Torma_(Votikvere)_vallavalitsus, lk 55
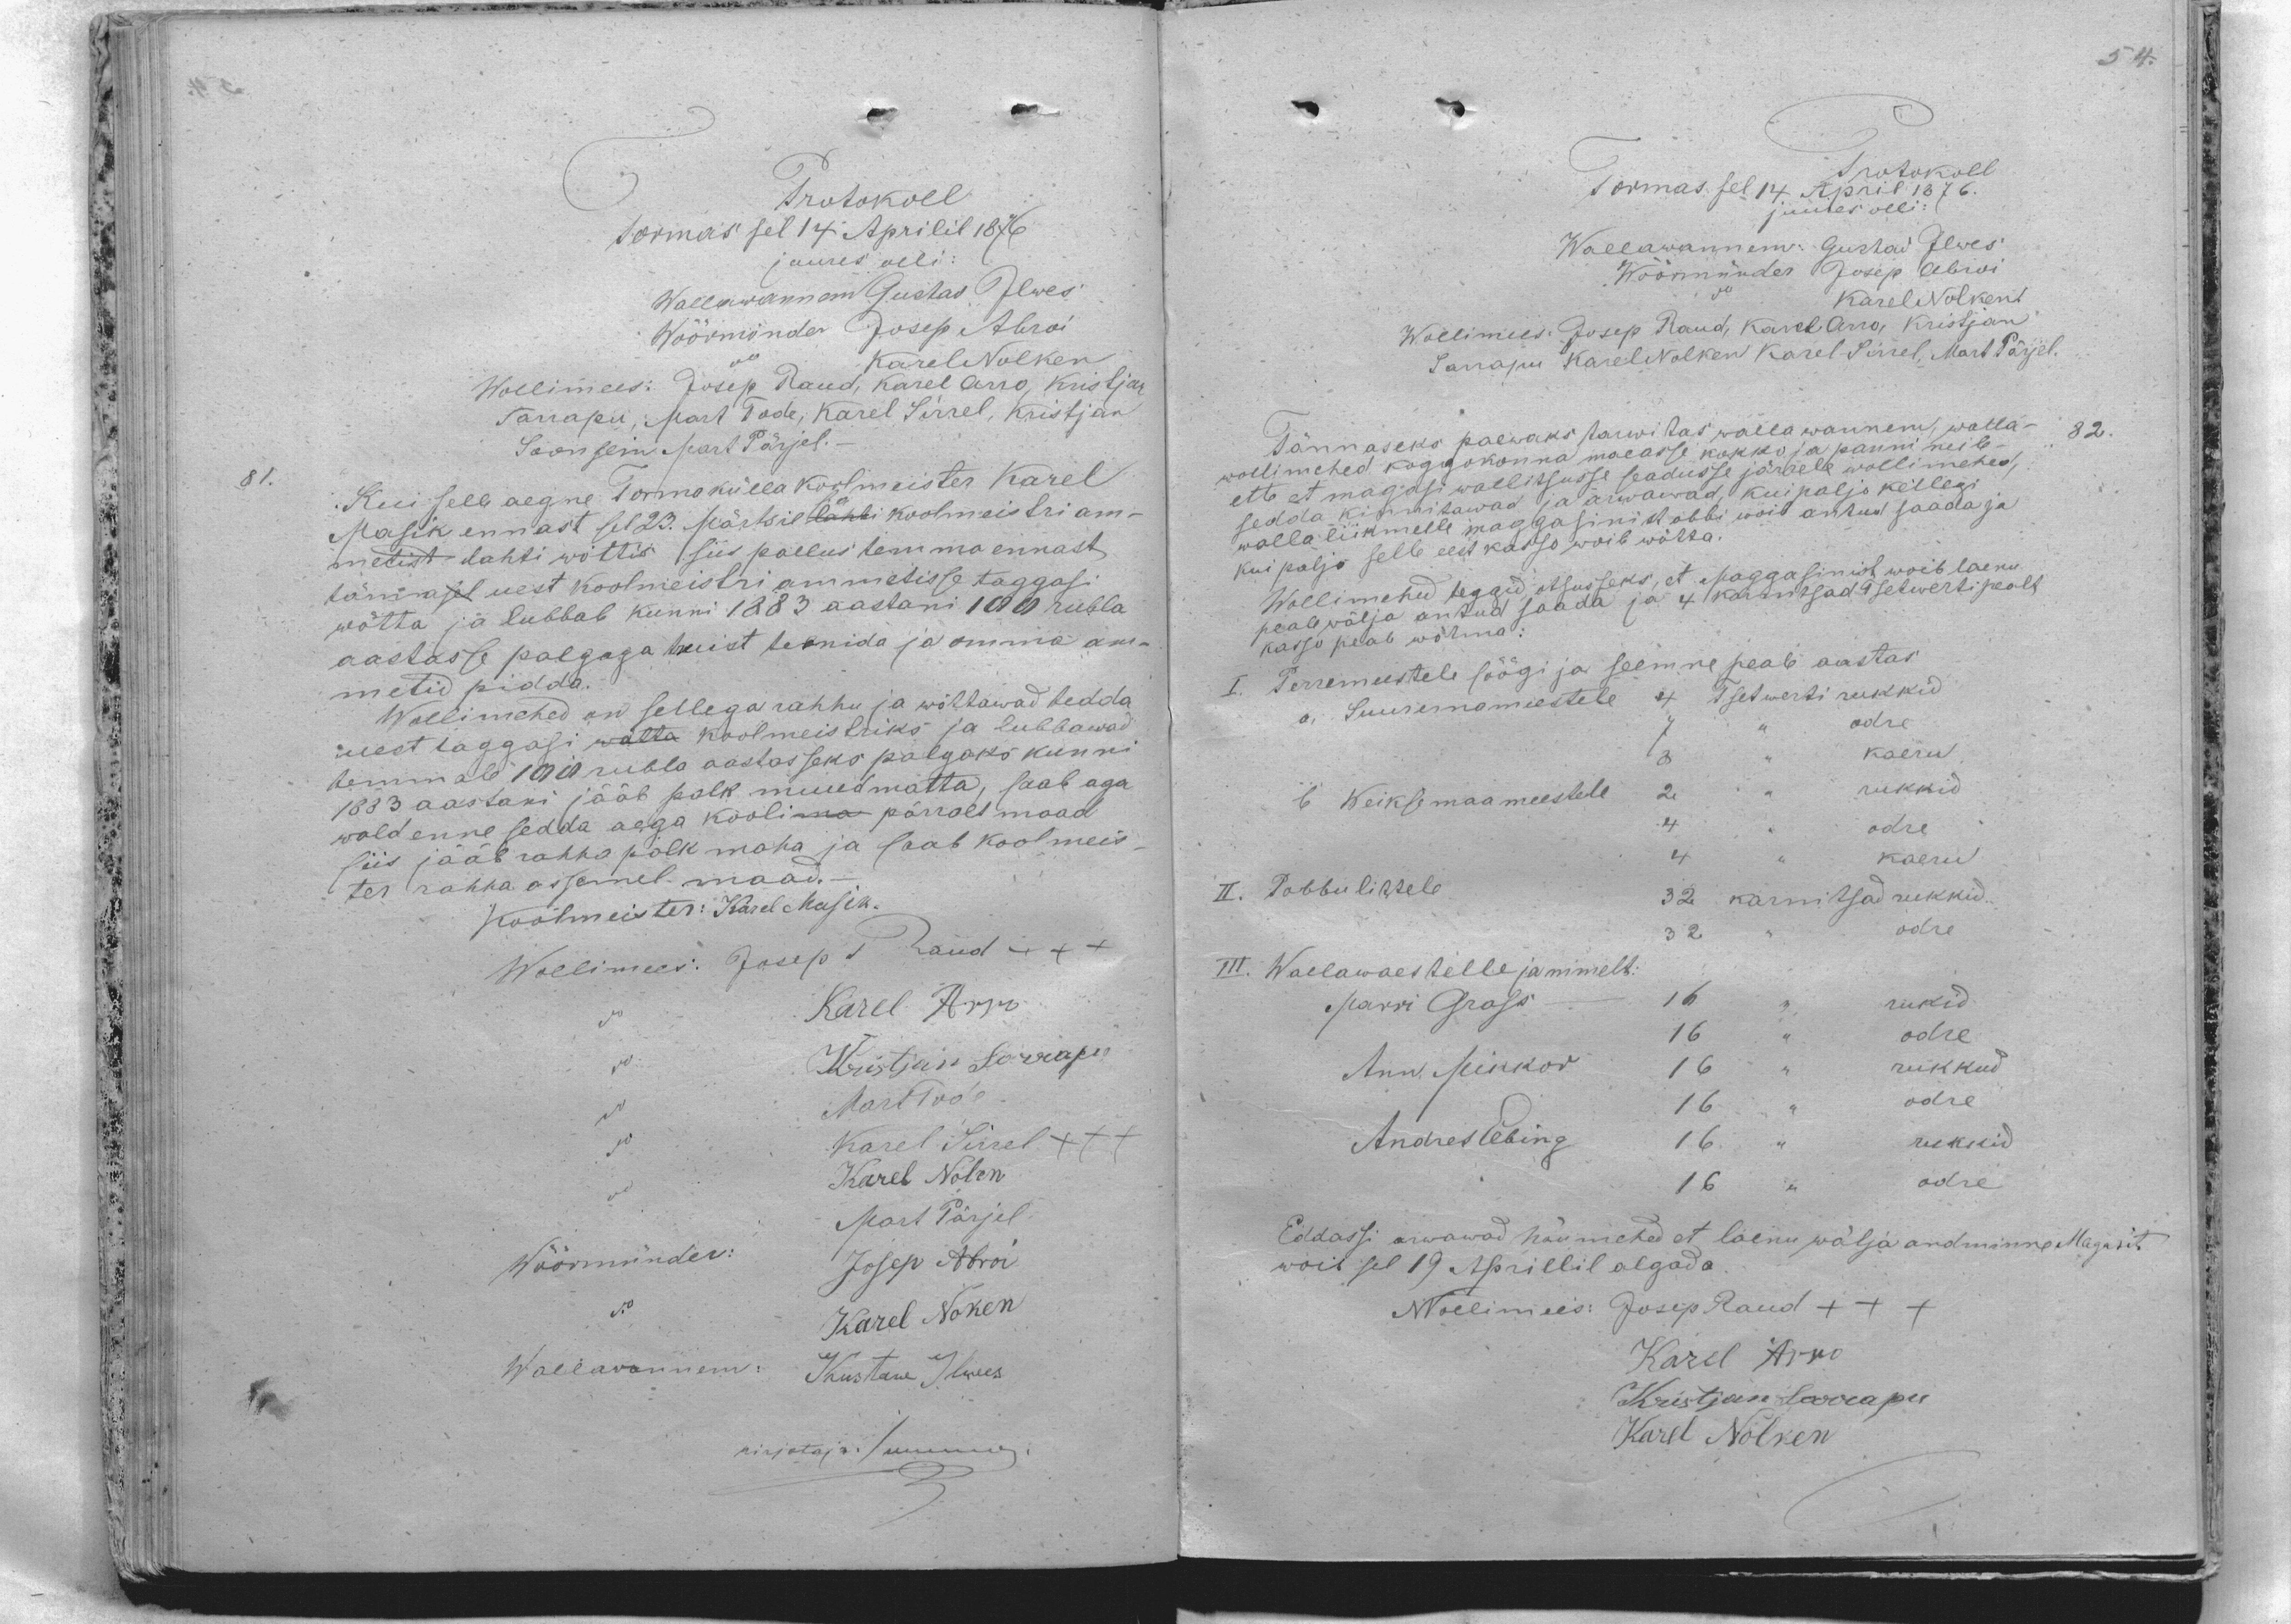
Protokoll
Tormas sel 14 Aprilil 1876
juures olli:
Wallawannem Gustaw Ilwes
Wöörmönder Josep Abroi
Karel Nolken
Wollimees: Josep Raud, Karel Arro, Kristjan
Sarrapu, Mart Tode, Karel Sirrel, Kristjan
Soonsein Mart Pärjel
81.
Kui selle aegne Tormakülla koolmeister Karel
Masik ennast sel 23. Märtsil lahti koolmeistri am-
metist lahti wõttis siis pallus temma ennast
tännasel uest koolmeistri ammetisse taggasi
wõtta ja lubbab kunni 1283 aastani 100 rubla
aastasse palgaga truist teenida ja omma am-
metid pidda.
Wollimehed on sellega rahhu ja wõttawad tedda,
uest taggasi walla Koolmeistriks ja lubbawad
temmale 100 rubla aastasseks palgaks kunni
1883 aastani jääb palk muudmatta, saab aga
wald enne sedda aega koolima pärralt maad
siis jääb rahha palk maha ja saab koolmeis-
ter rahha assemel maad.
Koolmeister: Karel Masik.
Wollimees Josep Raud xxx
Karel Arro
Kristjan Sarrapu
Mart Tode
Karel Sirrel XXX
Karel Nolen
Mart Pärjel
Wöörmünder:
Josep Abroi
Karel Noken
Wallawannem: Kustaw Ilwes
kirjotaja: Summer

Tormas sel 14. April  1876
Protokoll
juures olli:
Wallawannem: Gustas Ilwes
Wöömünder Josep Abroi
Karel Nolken
Wollimees: Josep Raud, Karel Arro, Kristjan
Sarrapu Karel Nolken Karel Sirrel Mart Pärjel.
82.
Rännaseks paewaks tarwitas walla wannem, walla-
wollimehed koggokonna maeasse kokko ja panni neile
ette et magasi wallitsusse seadusse järrele wollimehed,
sedda kinnitawas ja arwawad, kui paljo kellegi
walla liikmelle maggasinist abbi woib antud saada ja
kui paljo selle eest kasso woib wõtta.
Wollimehed teggid otsusseks, et Maggasinist woib laenu
peale wälja antud saada ja 4 karnitsad Tsetwerti pealt
kasso peab wõtma:
I. Perremeestele söögi ja seemne peab aastas
4 Tsetwerti rukkid
a. Suuremameestele
odre
kaeru
rukkid
b Weiksemaameestele
odre
kaer
II. Pobbulistele
32 karnitsad rukkid.
odre
III. Wallawaestelle ja nimelt:
rukid
Marri Grass
odre
rukkud
Ann Mikkor
odre
Andres Eebing
rukkid
odre
Eddassi arwawad nõumehed et laenu wälja andminne Magasit
wõib sel 19 Aprillil algada
Wollimees: Josep Raud XXX
Karel Arro
Kristjan Sarapu
Karel Nolken